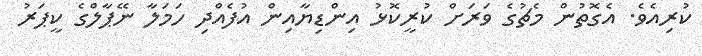
ކުރިއެވެ. އެގޮތުން މެޗުގެ ވަރަށް ކުރީކޮޅު އިންޑިޔާއިން އުފެއްދި ހަމަލާ ނޭޕާލްގެ ކީޕަރު